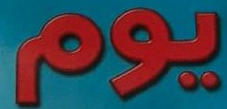
يوم